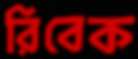
রিবেক